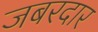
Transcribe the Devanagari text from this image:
जबरदार